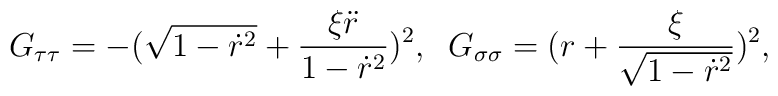
G_{\tau\tau}=-(\sqrt{1-\dot{r}^2}+\frac{\xi\ddot{r}}{1-\dot{r}^2})^2,\;\;G_{\sigma\sigma}=(r+\frac{\xi}{\sqrt{1-\dot{r}^2}})^2,